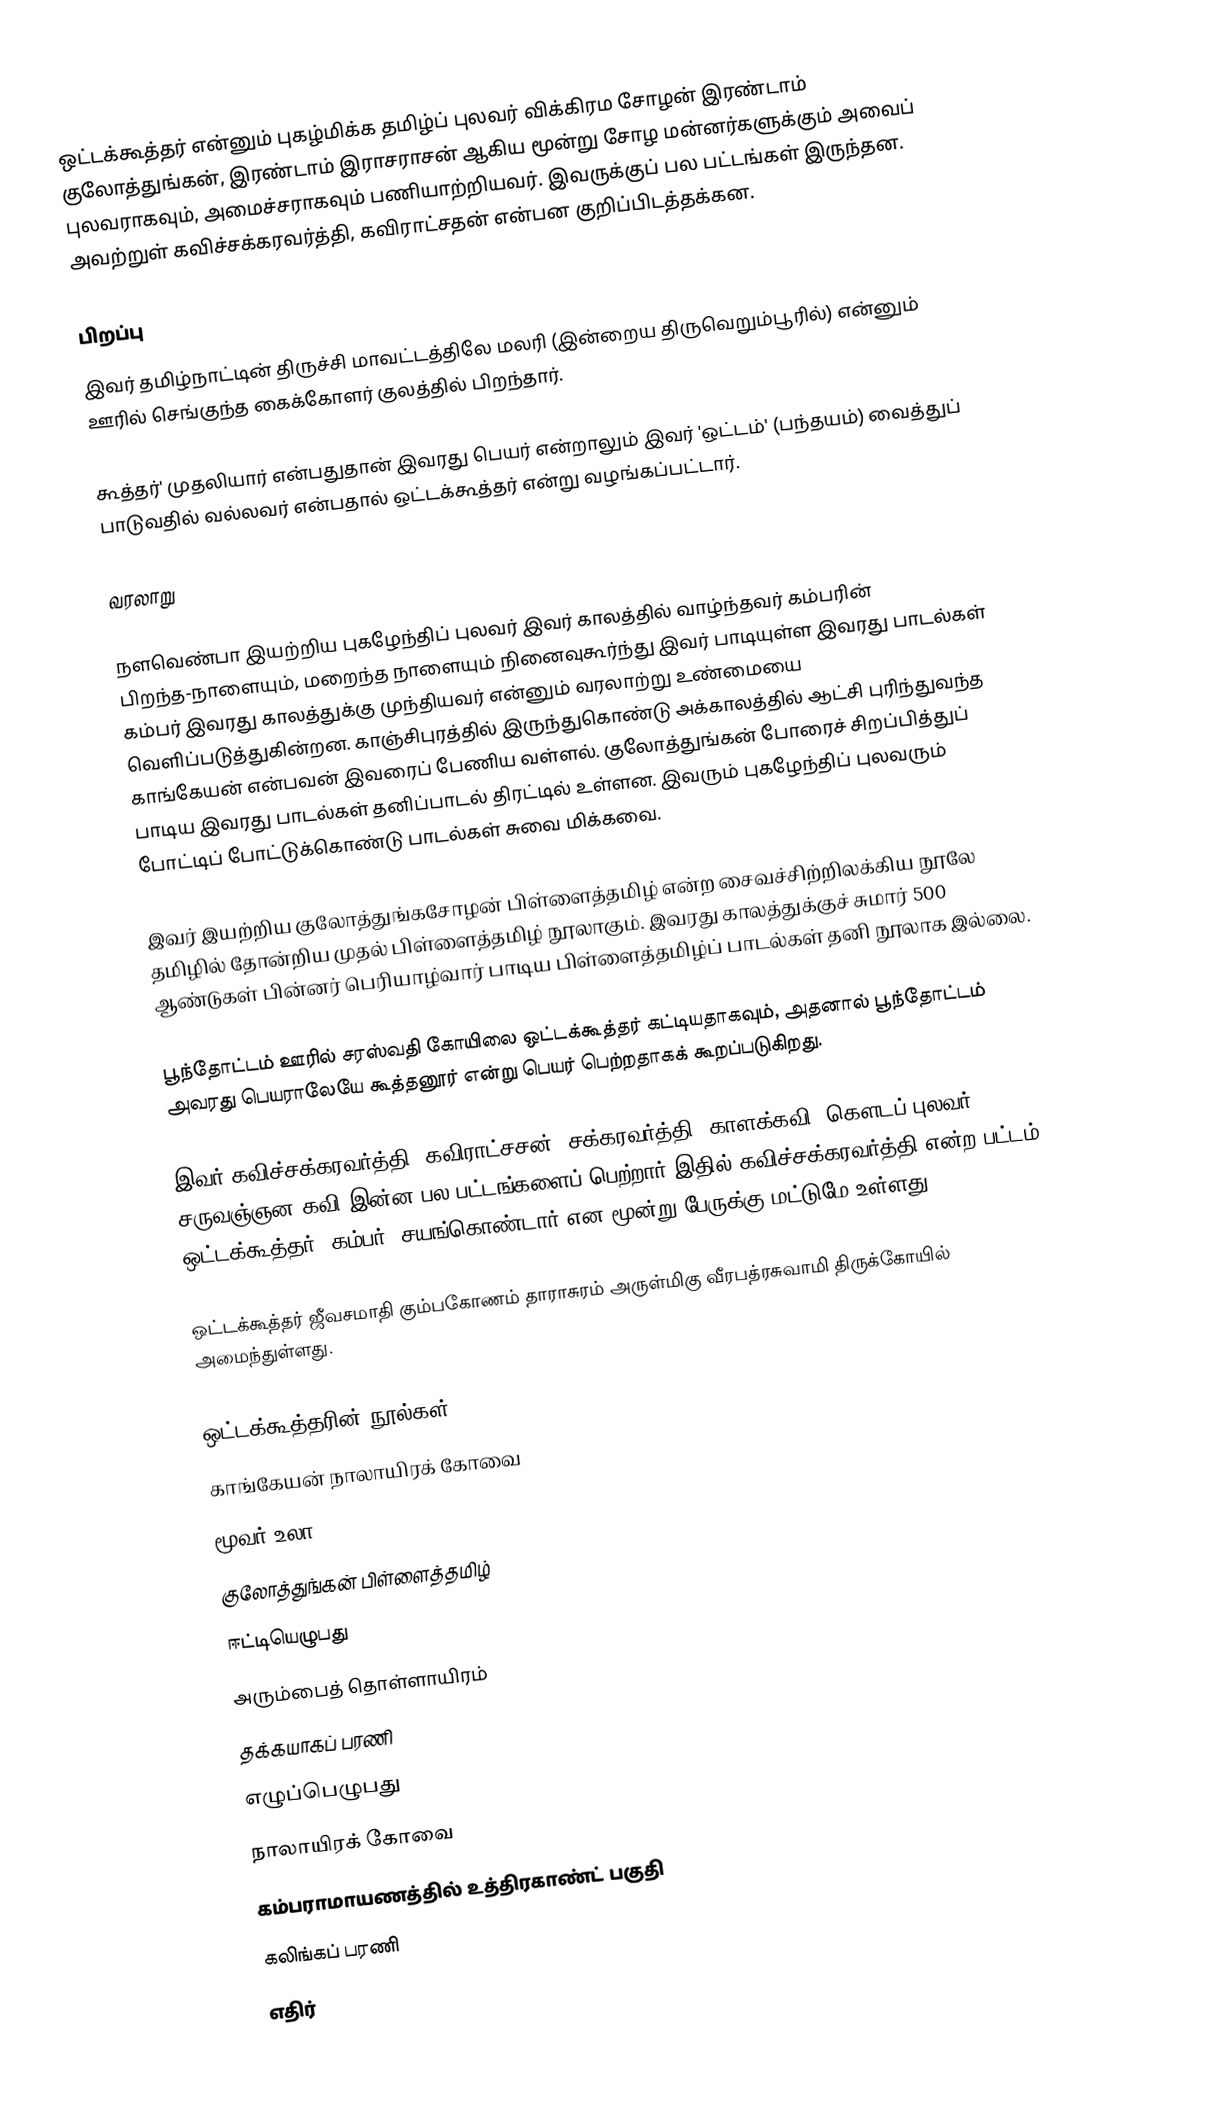
ஒட்டக்கூத்தர் என்னும் புகழ்மிக்க தமிழ்ப் புலவர் விக்கிரம சோழன்  இரண்டாம் குலோத்துங்கன், இரண்டாம் இராசராசன் ஆகிய மூன்று சோழ மன்னர்களுக்கும் அவைப் புலவராகவும், அமைச்சராகவும் பணியாற்றியவர். இவருக்குப் பல பட்டங்கள் இருந்தன. அவற்றுள் கவிச்சக்கரவர்த்தி, கவிராட்சதன் என்பன குறிப்பிடத்தக்கன.

பிறப்பு
இவர் தமிழ்நாட்டின் திருச்சி மாவட்டத்திலே மலரி (இன்றைய திருவெறும்பூரில்) என்னும் ஊரில் செங்குந்த கைக்கோளர் குலத்தில் பிறந்தார்.

கூத்தர்' முதலியார் என்பதுதான் இவரது பெயர் என்றாலும் இவர் 'ஒட்டம்' (பந்தயம்) வைத்துப் பாடுவதில் வல்லவர் என்பதால் ஒட்டக்கூத்தர் என்று வழங்கப்பட்டார்.

வரலாறு

நளவெண்பா இயற்றிய புகழேந்திப் புலவர் இவர் காலத்தில் வாழ்ந்தவர் கம்பரின் பிறந்த-நாளையும், மறைந்த நாளையும் நினைவுகூர்ந்து இவர் பாடியுள்ள இவரது பாடல்கள் கம்பர் இவரது காலத்துக்கு முந்தியவர் என்னும் வரலாற்று உண்மையை வெளிப்படுத்துகின்றன. காஞ்சிபுரத்தில் இருந்துகொண்டு அக்காலத்தில் ஆட்சி புரிந்துவந்த காங்கேயன் என்பவன் இவரைப் பேணிய வள்ளல். குலோத்துங்கன் போரைச் சிறப்பித்துப் பாடிய இவரது பாடல்கள் தனிப்பாடல் திரட்டில் உள்ளன. இவரும் புகழேந்திப் புலவரும் போட்டிப் போட்டுக்கொண்டு பாடல்கள் சுவை மிக்கவை.

இவர் இயற்றிய குலோத்துங்கசோழன் பிள்ளைத்தமிழ் என்ற சைவச்சிற்றிலக்கிய நூலே தமிழில் தோன்றிய முதல் பிள்ளைத்தமிழ் நூலாகும். இவரது காலத்துக்குச் சுமார் 500 ஆண்டுகள் பின்னர் பெரியாழ்வார் பாடிய பிள்ளைத்தமிழ்ப் பாடல்கள் தனி நூலாக இல்லை.

பூந்தோட்டம் ஊரில் சரஸ்வதி கோயிலை ஒட்டக்கூத்தர் கட்டியதாகவும், அதனால் பூந்தோட்டம் அவரது பெயராலேயே கூத்தனூர் என்று பெயர் பெற்றதாகக் கூறப்படுகிறது.

இவர் கவிச்சக்கரவர்த்தி, கவிராட்சசன், சக்கரவர்த்தி, காளக்கவி,  கௌடப் புலவர், சருவஞ்ஞன கவி இன்ன பல பட்டங்களைப் பெற்றார் இதில் கவிச்சக்கரவர்த்தி என்ற பட்டம் ஒட்டக்கூத்தர், கம்பர், சயங்கொண்டார் என மூன்று பேருக்கு மட்டுமே உள்ளது.

ஒட்டக்கூத்தர் ஜீவசமாதி கும்பகோணம் தாராசுரம் அருள்மிகு வீரபத்ரசுவாமி  திருக்கோயில் அமைந்துள்ளது.

ஒட்டக்கூத்தரின் நூல்கள்
 காங்கேயன் நாலாயிரக் கோவை
 மூவர் உலா
 குலோத்துங்கன் பிள்ளைத்தமிழ்
 ஈட்டியெழுபது
 அரும்பைத் தொள்ளாயிரம்
 தக்கயாகப் பரணி
 எழுப்பெழுபது
 நாலாயிரக் கோவை
 கம்பராமாயணத்தில் உத்திரகாண்ட் பகுதி
 கலிங்கப் பரணி
 எதிர்